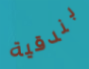
بندقية